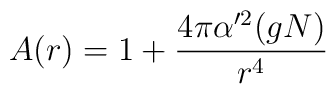
A(r) = 1 + {4\pi \alpha '^2 (gN) \over r^4}